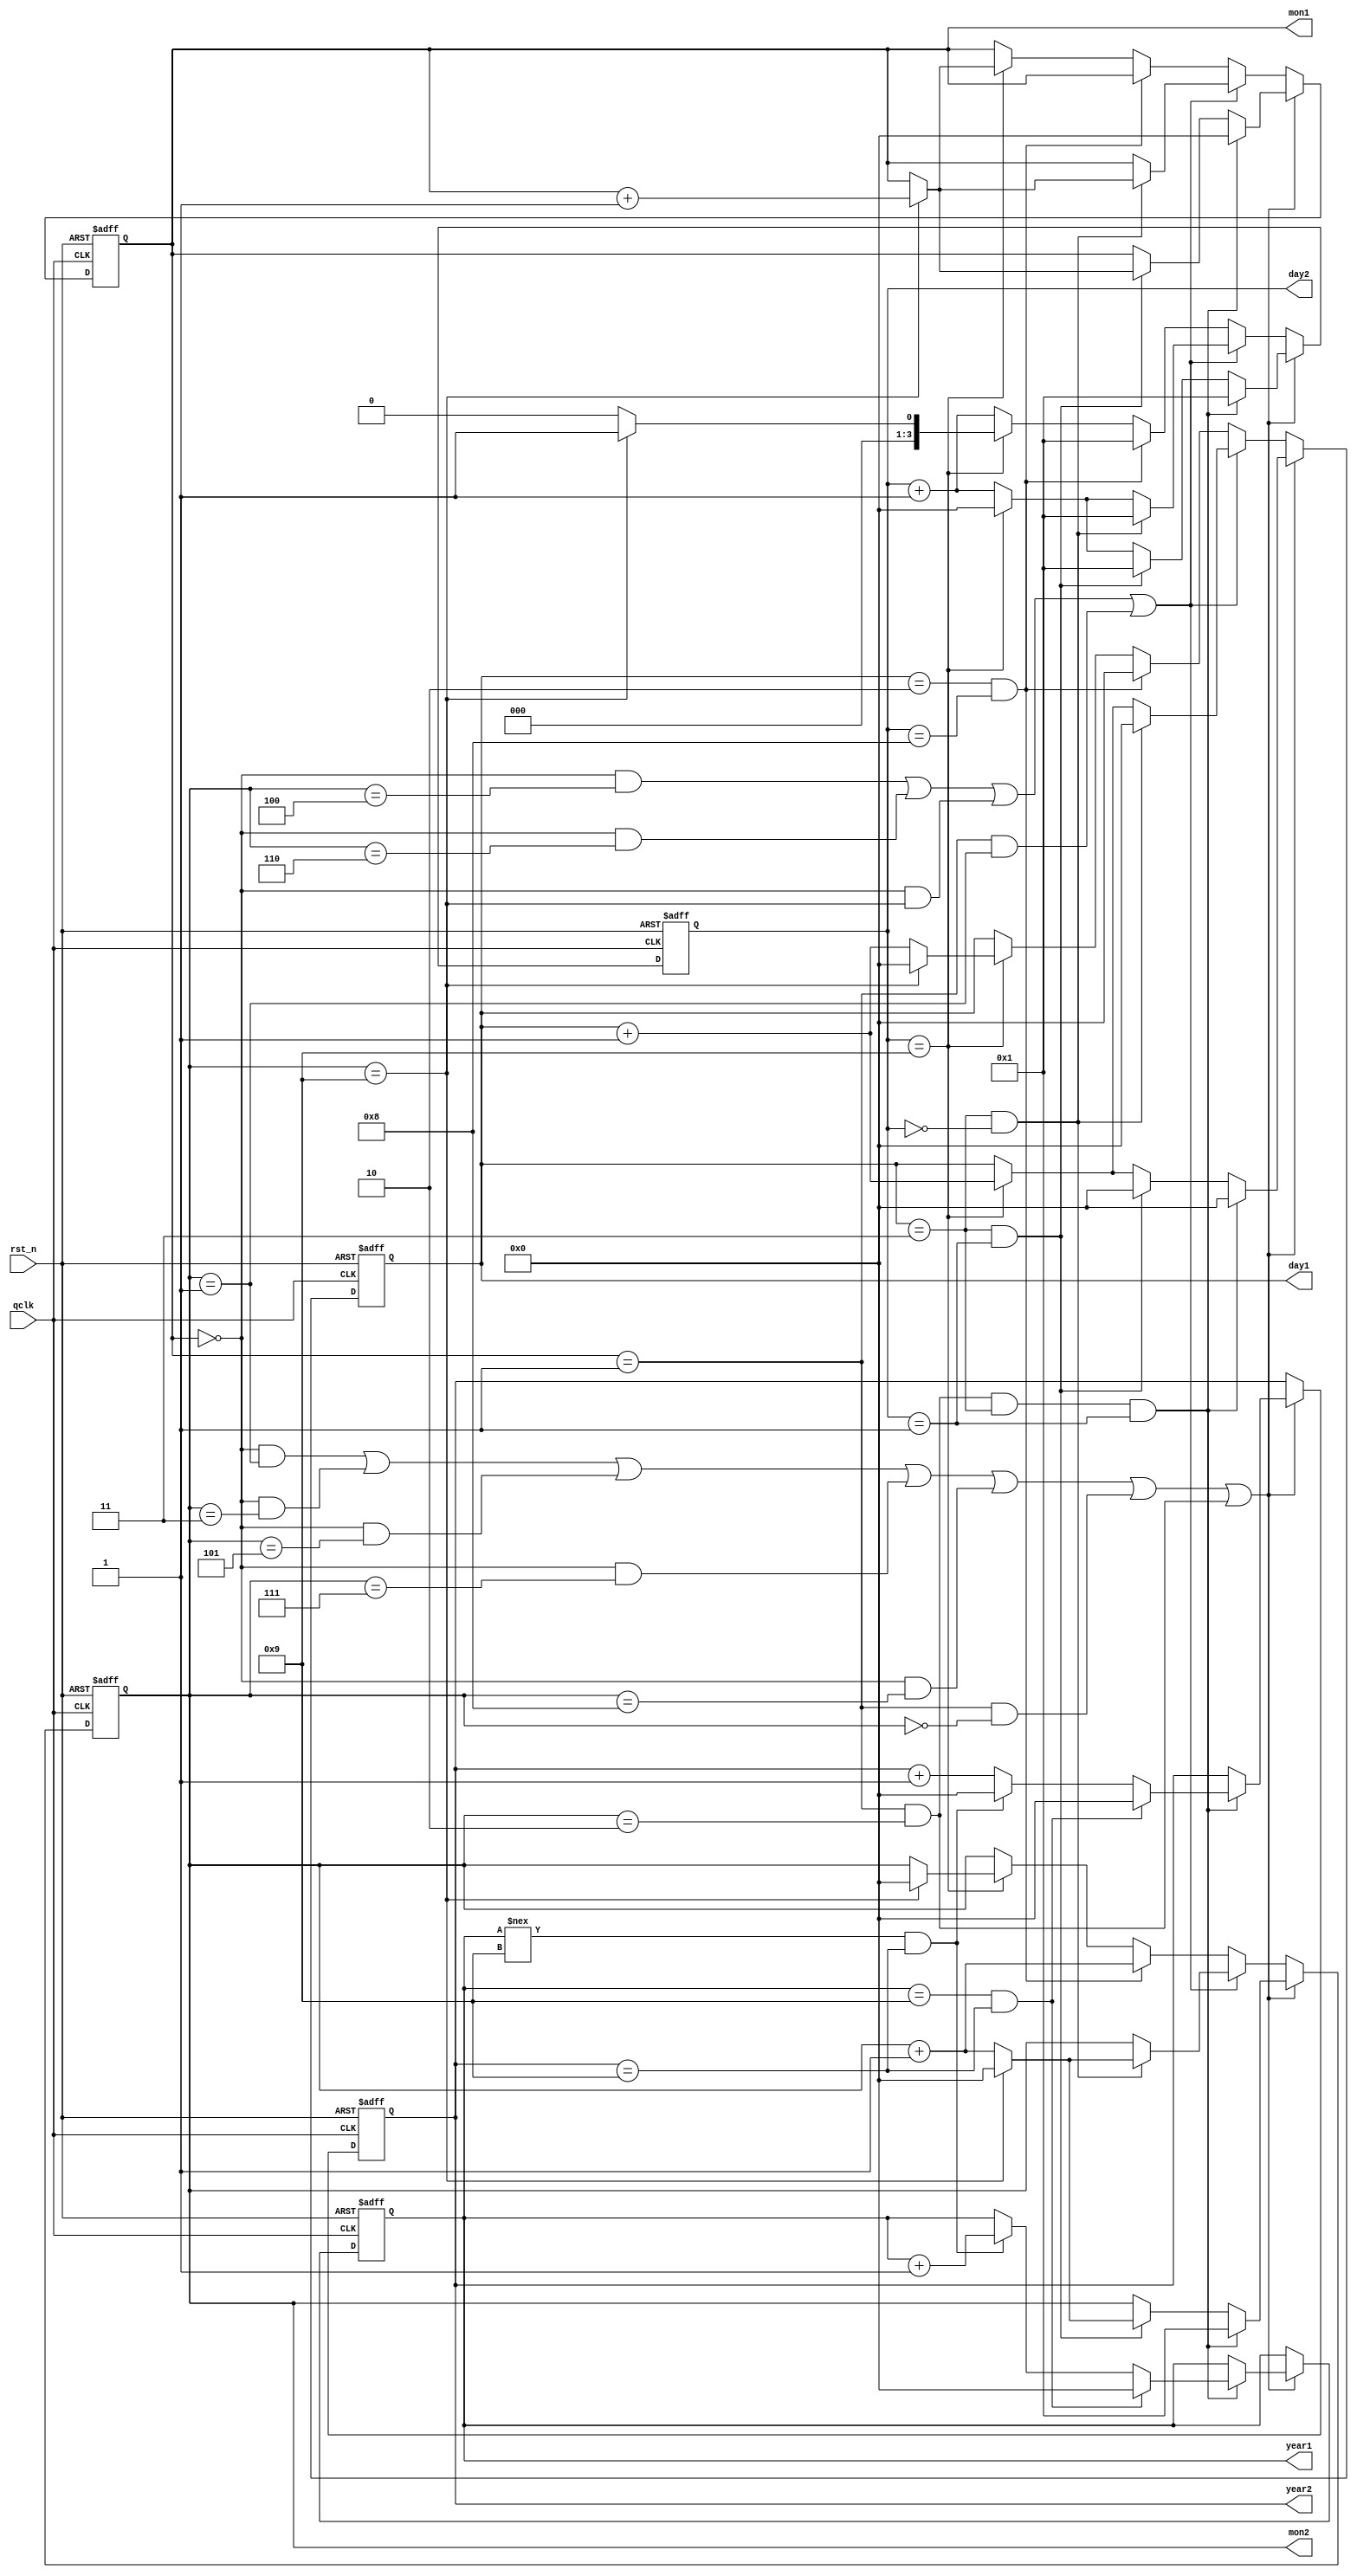
`timescale 1ns / 1ps
//////////////////////////////////////////////////////////////////////////////////
// Company: 
// Engineer: 
// 
// Design Name: 
// Module Name: lab6_1_time_counter
// Project Name: 
// Target Devices: 
// Tool Versions: 
// Description: 
// 
// Dependencies: 
// 
// Revision:
// Revision 0.01 - File Created
// Additional Comments:
// 
//////////////////////////////////////////////////////////////////////////////////


module lab6_2_2time_counter(
qclk,
rst_n,
mon1,mon2,day1,day2,year1,year2
);
input qclk;
input rst_n;
output reg [3:0] mon1,mon2,day1,day2,year1,year2;
reg [3:0] m1_tmp,d1_tmp,m2_tmp,d2_tmp,y1_tmp,y2_tmp;


always @(posedge qclk or negedge rst_n)
if (~rst_n)begin
year1<= 4'd0;
year2<= 4'd0;
mon1<= 4'd0;
mon2<= 4'd1;
day1<= 4'd0;
day2<= 4'd1;
end
else begin
year1 <= y1_tmp;
year2 <= y2_tmp;
mon1 <= m1_tmp;
mon2 <= m2_tmp;
day1 <= d1_tmp;
day2 <= d2_tmp;
end


always @*
if(((mon1==0)&&(mon2==1))|((mon1==0)&&(mon2==3))|((mon1==0)&&(mon2==5))|((mon1==0)&&(mon2==7))|((mon1==0)&&(mon2==8))|((mon1==1)&&(mon2==0))|((mon1==1)&&(mon2==2)))begin
        if((mon1==1)&&(mon2==2)&&(day1==3)&&(day2==1))begin
                 if((year1==9)&&(year2==9))begin
                  y1_tmp = 0;
                  y2_tmp = 0;
                  m1_tmp = 0;
                  m2_tmp = 4'd1;
                  d1_tmp = 0; 
                  d2_tmp = 4'd1;  
                 end
                else if((year1!==9)&&(year2==9))begin
                  y1_tmp = year1 + 4'd1;
                  y2_tmp = 0;
                  m1_tmp = 0;
                  m2_tmp = 4'd1;
                  d1_tmp = 0; 
                  d2_tmp = 4'd1; 
                end
               else begin
                 y1_tmp = year1;
                 y2_tmp = year2 + 4'd1;
                 m1_tmp = 0;
                 m2_tmp = 4'd1;
                 d1_tmp = 0; 
                 d2_tmp = 4'd1;     
               end
          end
        else if((day1==3)&&(day2==1))begin
               if(mon2==9)begin
                y1_tmp = year1;
                y2_tmp = year2;
                m1_tmp = mon1 + 4'd1;
                m2_tmp = 0;
                d1_tmp = 0;                
                d2_tmp = 4'd1;
                end
                else begin  
                y1_tmp = year1;
                y2_tmp = year2;
                m1_tmp = mon1;
                m2_tmp = mon2 + 4'd1;
                d1_tmp = 0; 
                d2_tmp = 4'd1;
              end 
         end
         else begin 
             if (day2==9)begin
                 y1_tmp = year1;
                 y2_tmp = year2;
                 m1_tmp = mon1;
                 m2_tmp = mon2;
                 d1_tmp = day1 + 4'd1;                 
                 d2_tmp = 0;
               end                            
             else begin 
              y1_tmp = year1;
              y2_tmp = year2;
              m1_tmp = mon1;
              m2_tmp = mon2;
              d1_tmp = day1; 
              d2_tmp = day2 + 4'd1; 
             end 
        end     
end    
else if(((mon1==0)&&(mon2==4))|((mon1==0)&&(mon2==6))|((mon1==0)&&(mon2==9))|((mon1==1)&&(mon2==1)))begin
        if ((day1==3)&&(day2==0))begin
                  if(mon2==9)begin
                    y1_tmp = year1;
                    y2_tmp = year2;
                    m1_tmp = mon1 + 4'd1;
                    m2_tmp = 0;
                    d1_tmp = 0;                
                    d2_tmp = 4'd1;
                    end
                  else begin  
                    y1_tmp = year1;
                    y2_tmp = year2;
                    m1_tmp = mon1;
                    m2_tmp = mon2 + 4'd1;
                    d1_tmp = 0; 
                    d2_tmp = 4'd1;
                 end
        end         
         else begin 
             if (day2==9)begin
                 y1_tmp = year1;
                 y2_tmp = year2;
                 m1_tmp = mon1;
                 m2_tmp = mon2;
                 d1_tmp = day1 + 4'd1;                 
                 d2_tmp = 0;
               end                            
             else begin 
              y1_tmp = year1;
              y2_tmp = year2;
              m1_tmp = mon1;
              m2_tmp = mon2;
              d1_tmp = day1; 
              d2_tmp = day2 + 4'd1 ; 
             end 
         end 
end            
else begin   
     if((day1==2)&&(day2==8))begin
             y1_tmp = year1;
             y2_tmp = year2;
             m1_tmp = mon1;
             m2_tmp = mon2 + 4'd1;
             d1_tmp = 0; 
             d2_tmp = 4'd1;
            end
            else begin 
                if (day2==9)begin
                         if(mon2==9)begin
                            y1_tmp = year1;
                            y2_tmp = year2;
                            m1_tmp = mon1 + 4'd1;
                            m2_tmp = 0;
                            d1_tmp = 0;                
                            d2_tmp = 4'd1;
                            end
                          else begin
                           y1_tmp = year1;
                           y2_tmp = year2;  
                           m1_tmp = mon1;
                           m2_tmp = mon2;
                           d1_tmp = day1 + 4'd1;                 
                           d2_tmp = 0;
                          end
                 end                            
                else begin
                 y1_tmp = year1;
                 y2_tmp = year2; 
                 m1_tmp = mon1;
                 m2_tmp = mon2;
                 d1_tmp = day1; 
                 d2_tmp = day2 + 4'd1 ; 
                end 
            end 
end      

 


endmodule